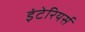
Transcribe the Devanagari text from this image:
इंटेरियर्स